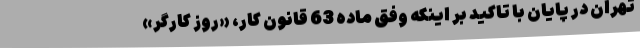
تهران در پایان با تاکید بر اینکه وفق ماده 63 قانون کار، «روز کارگر»